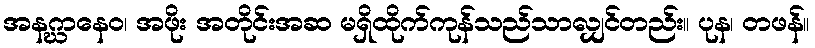
အနဂ္ဃာနေဝ၊ အဖိုး အတိုင်းအဆ မရှိထိုက်ကုန်သည်သာလျှင်တည်း။ ပုန၊ တဖန်။